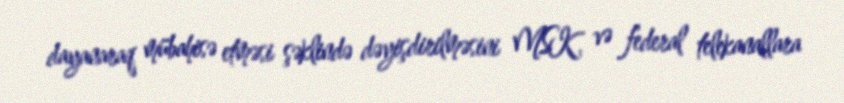
dayanaraq mübahisə etməsi şəklində dəyişdirilməsini MSK və federal telekanallara